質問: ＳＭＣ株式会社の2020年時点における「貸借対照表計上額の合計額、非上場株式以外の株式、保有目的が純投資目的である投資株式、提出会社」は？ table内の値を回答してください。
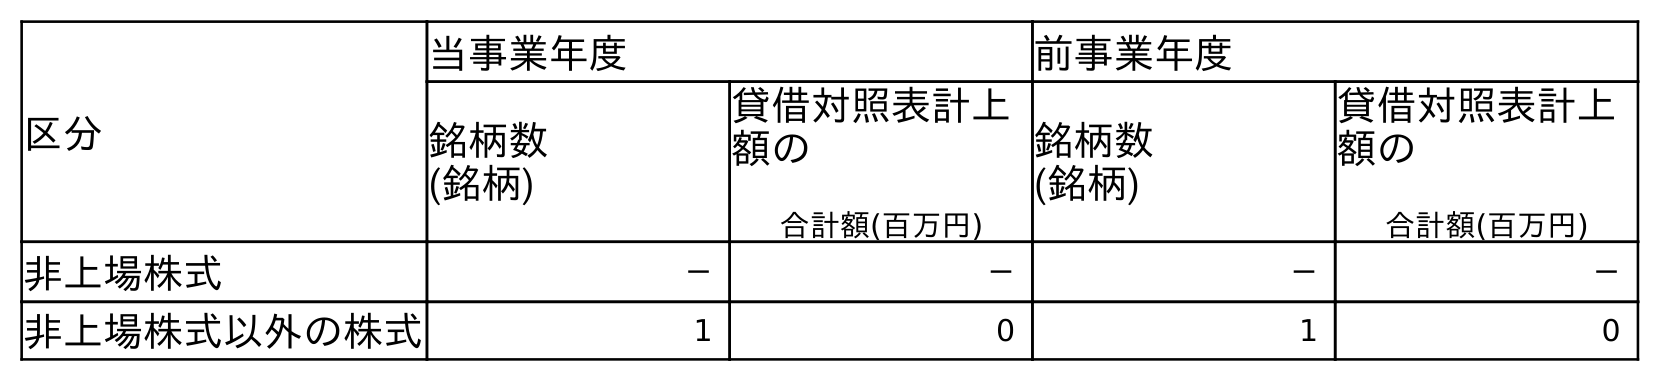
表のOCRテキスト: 区分 当事業年度 前事業年度 銘柄数 (銘柄) 貸借対照表計上 額の 合計額(百万円) 銘柄数 (銘柄) 貸借対照表計上 額の 合計額(百万円) 非上場株式 － － － － 非上場株式以外の株式 1 0 1 0
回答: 0